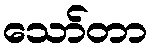
သော်တာ